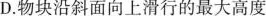
D.物块沿斜面向上滑行的最大高度